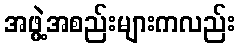
အဖွဲ့အစည်းများကလည်း